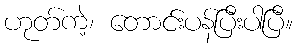
ဟုတ်ကဲ့၊ တောင်းပန်ပြီးပါပြီ။